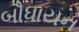
બૌધાયન